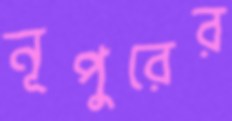
নূপুরের